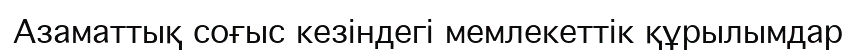
Азаматтық соғыс кезіндегі мемлекеттік құрылымдар